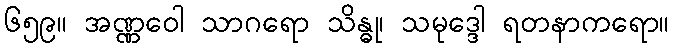
၆၅၉။ အဏ္ဏဝေါ သာဂရော သိန္ဓု၊ သမုဒ္ဒေါ ရတနာကရော။